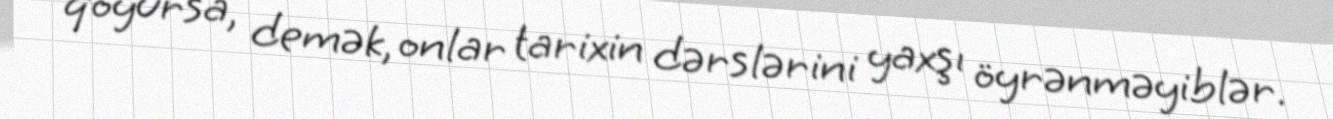
qoyursa, demək, onlar tarixin dərslərini yaxşı öyrənməyiblər.